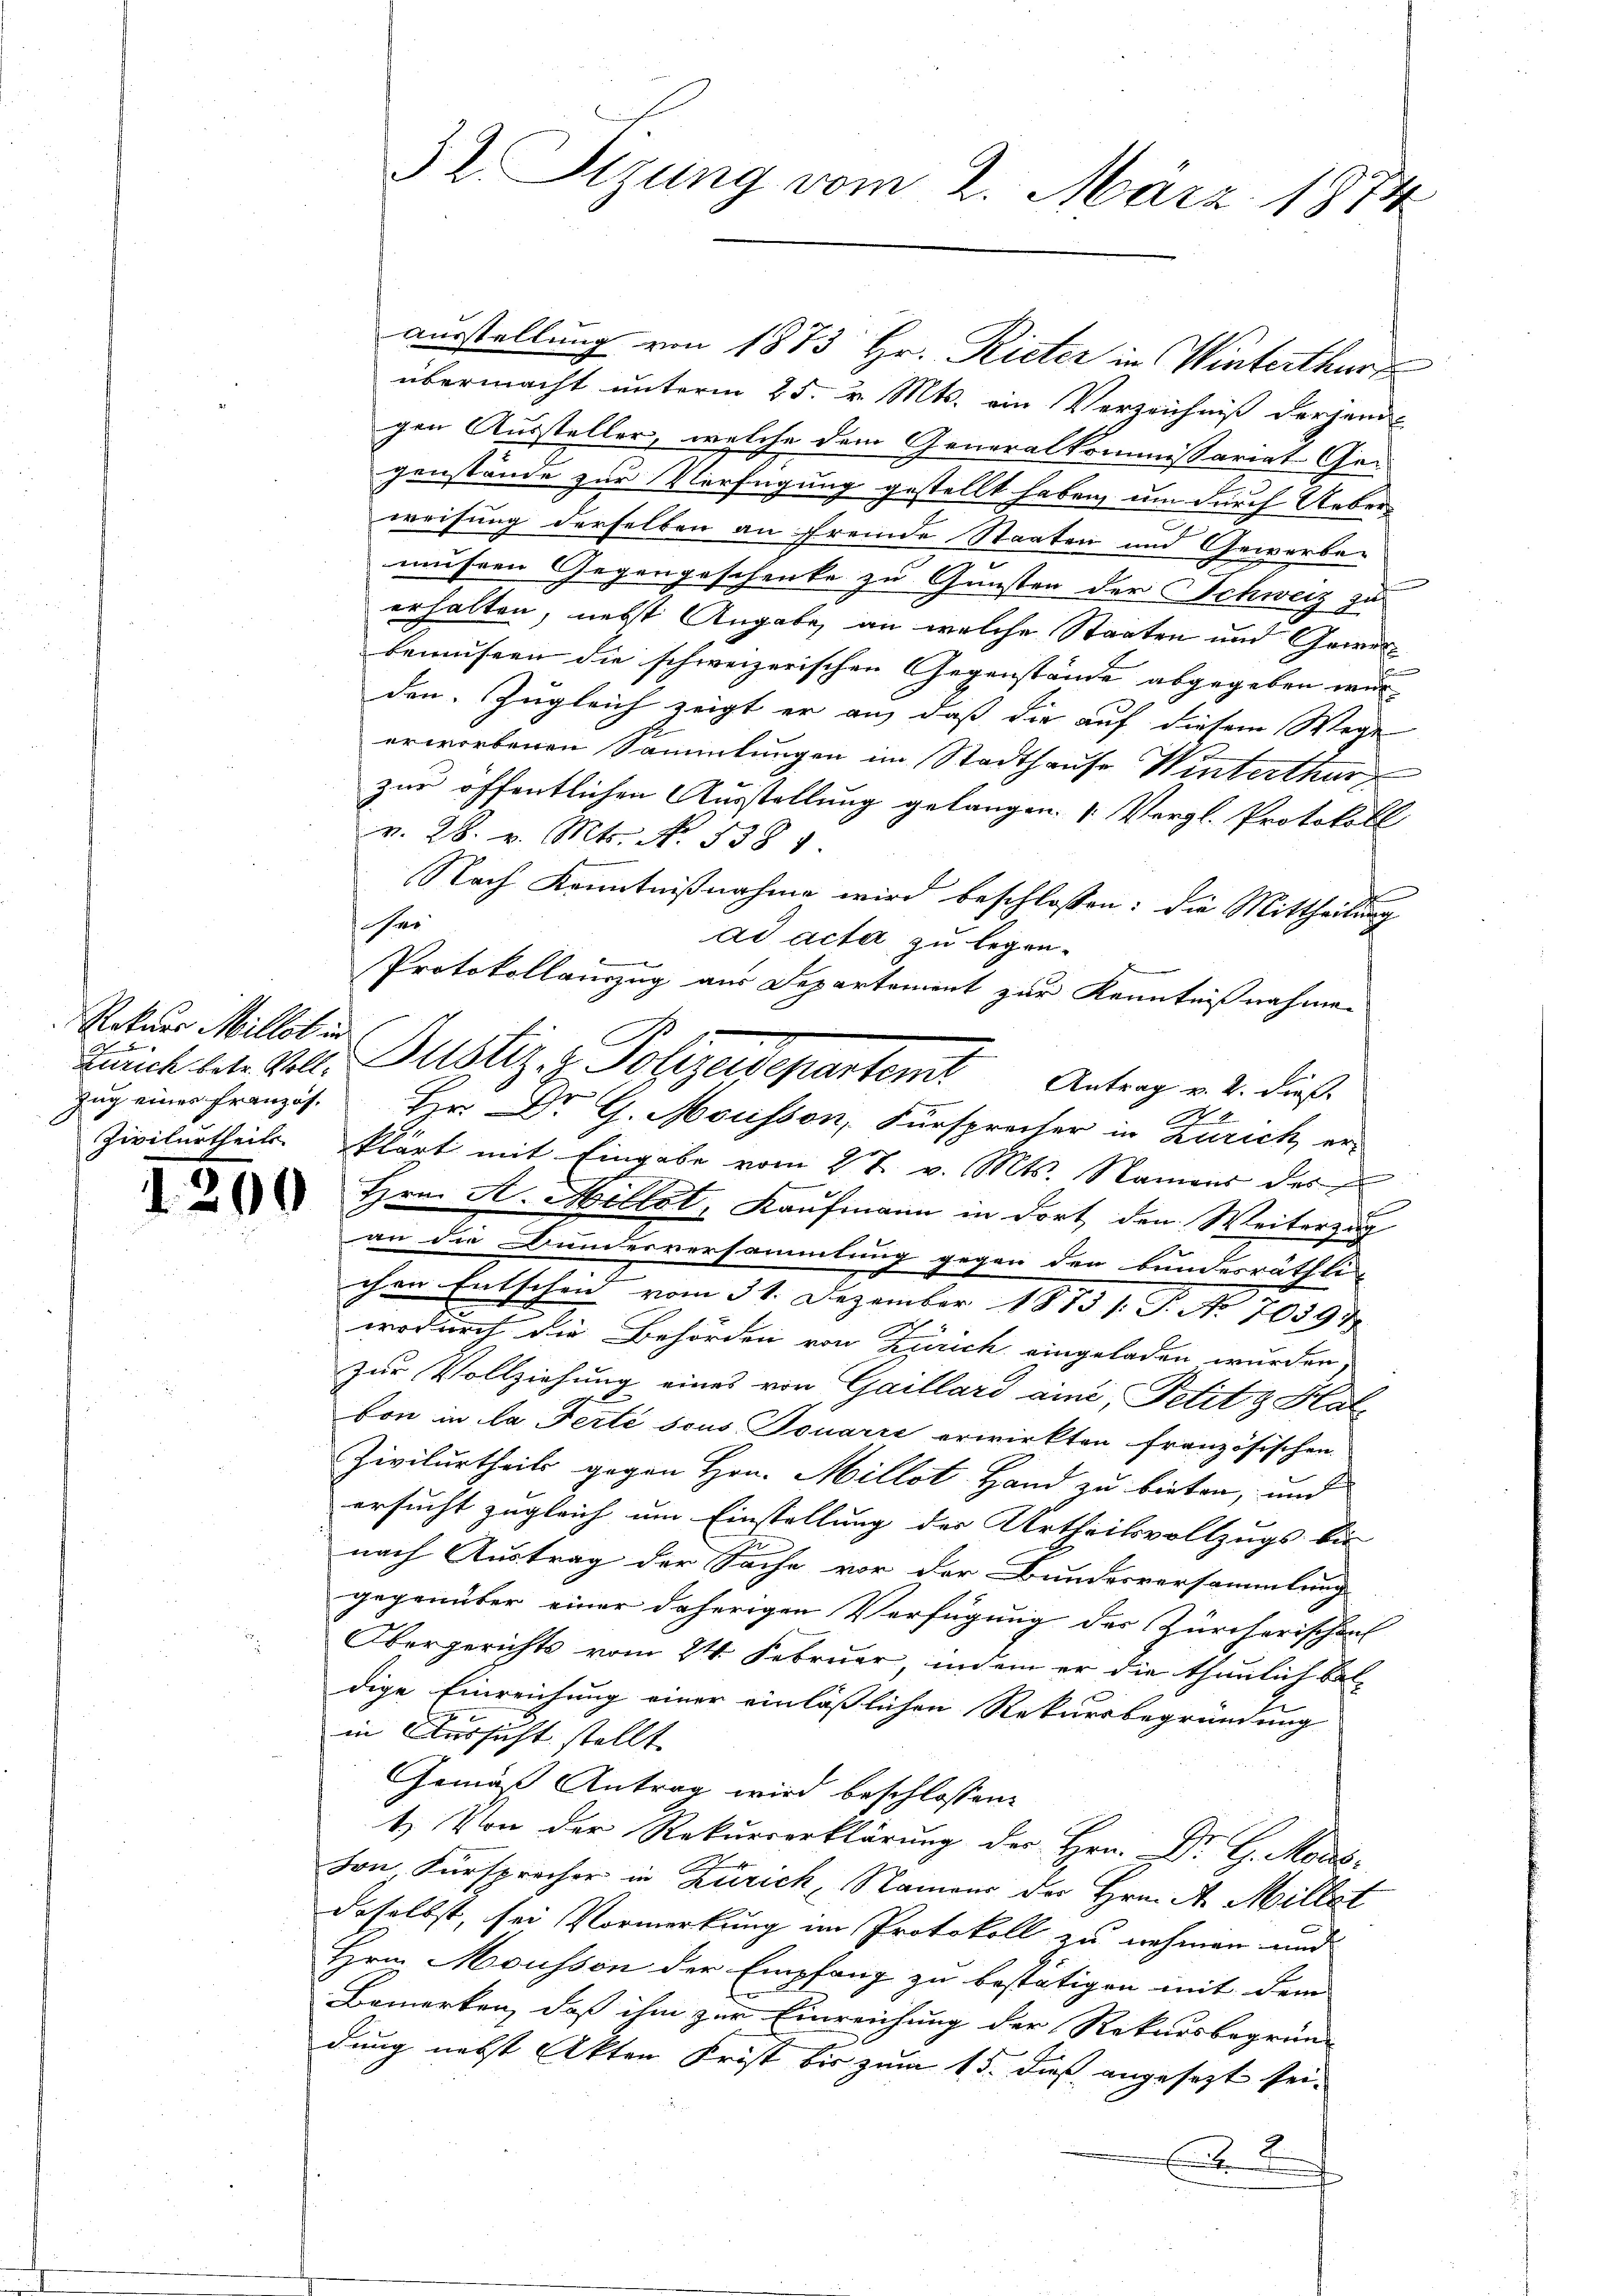
Rekurs Millos in
Zug eines Französ.

32. Sizung vom 2. März 1874

ausstellung von 1873 Hr. Rieter in Winterthur
übermacht unterm 25. v. Mts. ein Verzeichniß derjeni-
gen Aussteller, welche dem Generalkommissariat Gegenstände zur Verfügung gestellt haben, um durch Ueberweisung derselben an fremde Staaten und Gewerbe-
museen Gegengeschenke zu Gunsten der Schweiz zu
erhalten, nebst Angabe, an welche Staaten und Gewerbemuseen die schweizerischen Gegenstände abgegeben wurden. Zugleich zeigt er an, daß die auf diesem Wege
erworbenen Sammlungen im Stadthause Winterthur
zur öffentlichen Ausstellung gelangen. (Vergl. Protokoll
v. 28. v. Mts. No. 538 1.
Nach Kenntnißnahme wird beschlossen: die Mittheilung
sher
ad acta zu legen.
Protokollauszug aus Departement zur Kenntnißnahmen
A
Hr. Dr G. Mousson, Fürsprecher in Zürich er-
Zivilurtheils klärt mit Eingabe vom 27. v. Mts. Namens des
 Hrn. A. Millot, Kaufmann in dort, den Weiterzug
an die Bunderversammlung gegen den bundesräthli
chen Entscheid vom 31. Dezember 1873 s. P. No 70897
wodurch die Behörden von Zürich eingeladen wurden.
zur Vollziehung eines von Gaillard eine, Petit & Halbon in la Ferté sous Tonarie erwirkten französischen
Zivilurtheils gegen Hrn. Millst Hand zu bieten, und
ersucht zugleich um Einstellung der Urtheilsvollzugs bis
nach Austrag der Sache vor der Bundesversammlung
gegenüber einer daherigen Verfügung des Zürcherischen
Obergerichts vom 24. Februar, indem er die thunlich baldige Einreichung einer einläßlichen Rekursbegründung
in Aussicht stellt.
Gemäß Antrag wird beschlossen:
1. Von der Rekurrerklärung der Hrn. Dr. G. Mens
von Fürsprecher in Zürich, Namens der Hrn. A. Millet
daselbst, sei Vormerkung im Protokoll zu nehmen und
Hrn. Mousson der Empfang zu bestätigen mit dem
Bemerken, daß ihm zur Einreichung der Rekursbegrün-
dung nebst Akten Frist bis zum 15. dieß angesezt sei-

Zürich bet. Welt. Justiz- & Polizeidepartent Antrag v. 2. diese